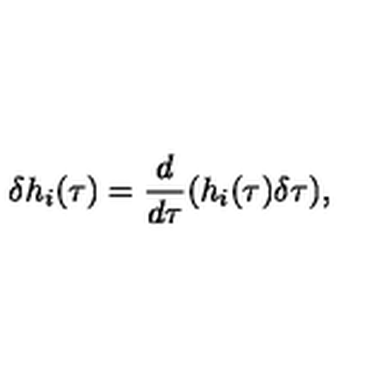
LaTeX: \delta h _ { i } ( \tau ) = \frac { d } { d \tau } ( h _ { i } ( \tau ) \delta \tau ) ,